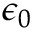
\epsilon _ { 0 }